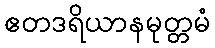
ဧတဒရိယာနမုတ္တမံ